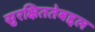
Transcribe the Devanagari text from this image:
सुरक्षिततेबद्दल